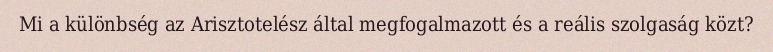
Mi a különbség az Arisztotelész által megfogalmazott és a reális szolgaság közt?